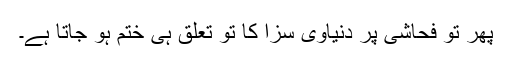
پھر تو فحاشی پر دنیاوی سزا کا تو تعلق ہی ختم ہو جاتا ہے۔